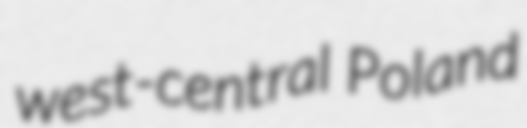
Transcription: west-central Poland